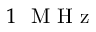
1 ~ \mathrm { ~ M ~ H ~ z ~ }